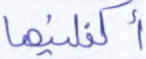
أكفلنيها